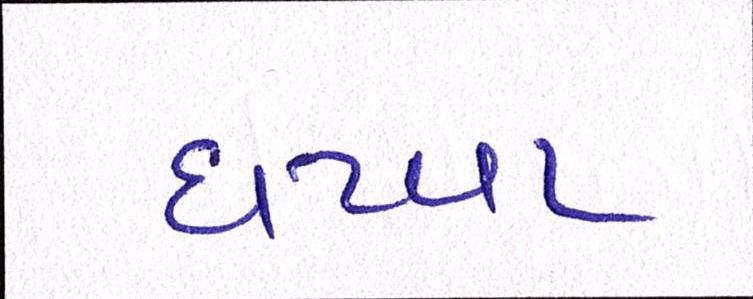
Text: ઘટવા